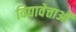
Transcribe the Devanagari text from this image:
विद्यावेत्ताओं